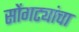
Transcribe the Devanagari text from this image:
सोंगट्यांचा